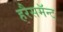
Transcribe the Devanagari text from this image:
हरैसमॅन्ट